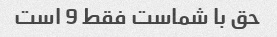
حق با شماست فقط 9 است